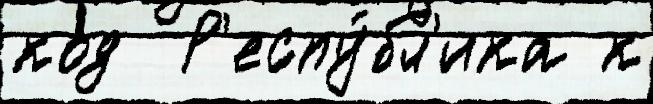
код  Р'еспу́бл'ика к